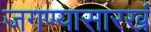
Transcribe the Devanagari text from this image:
जगण्यासारखं